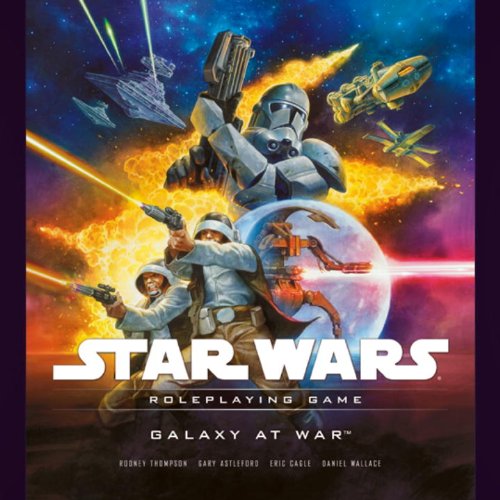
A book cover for Galaxy at War: A Star Wars Roleplaying Game Supplement; Rodney Thompson; Science Fiction & Fantasy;